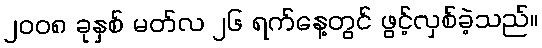
၂၀၀၈ ခုနှစ် မတ်လ ၂၆ ရက်နေ့တွင် ဖွင့်လှစ်ခဲ့သည်။